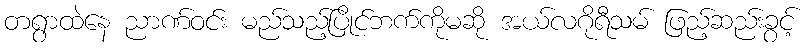
တရွာထဲနေ ညာဏ်ဝင်း မည်သည့်ပြိုင်ဘက်ကိုမဆို အယ်လဂိုရီသမ် ဖြည့်ဆည်းခွင့်